Code of medical and sanitary regulations for the guidance of medical officers serving in the Madras Presidency - Volume II
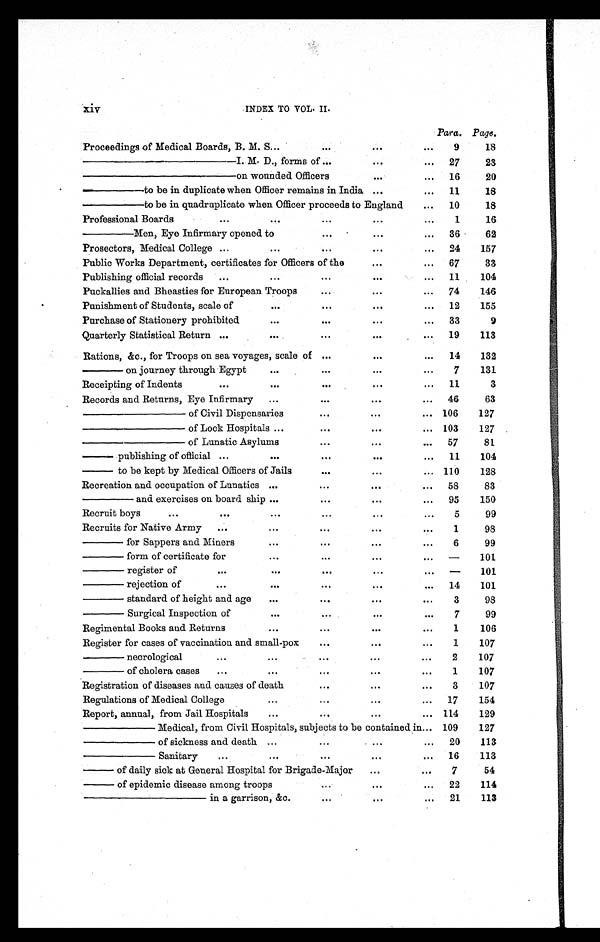
xiv INDEX TO VOL. II.
Para. Page.
Proceedings of Medical Boards, B. M. S ...
...
...
...
9
18
— — — — — — — — — — — — — I . M . D . , f o r m s o f . . .
. . .
... 27
23
————————————— on wounded Officers
...
... 16
20
————— to be in duplicate when Officer remains in India ...
...
1 1
18
————— to be in quadruplicate when Officer proceeds to England
... 10
18
Professional Boards
...
...
...
. . .
...
1
1 6
————— Men, Eye Infirmary opened to
...
. . .
... 36
62
Prosectors, Medical College ...
...
...
. . .
... 24
157
Public Works Department, certificates for Officers of the
. . .
... 67
33
Publishing official records ...
. . . ...
. . .
. . . 11
104
Puckallies and Bheasties for European Troops
...
. . .
... 74
146
Punishment of Students, scale of
. . . ...
...
. . . 12
155
Purchase of Stationery prohibited
. . . ...
. . .
. . . 33
9
Quarterly Statistical Return ...
. . . ...
. . .
. . . 19
113
Rations, &c., for Troops on sea voyages, scale of ...
...
... 14
132
— — — — o n j o u r n e y t h r o u g h E g y p t
...
...
. . .
...
7
131
Receipting of Indents
...
...
...
...
... 11
3
Records and Returns, Eye Infirmary ...
...
. . .
. . . 46
63
————————— of Civil Dispensaries
...
. . .
... 106
127
————————— of Lock Hospitals ...
...
. . .
. . . 103
127
— — — — — — — — — o f L u n a t i c A s y l u m s
...
...
... 57
81
——— publishing of official ...
. . . ...
. . .
. . . 11
104
——— to be kept by Medical Officers of Jails
...
...
... 110
128
Recreation and occupation of Lunatics ...
...
. . .
. . . 58
83
———— and exercises on board ship ...
...
. . .
. . . 95
150
Recruit boys ...
...
. . . ...
. . .
. . .
5
9 9
Recruits for Native Army ...
...
...
. . .
...
1
98
— — — — f o r S a p p e r s a n d M i n e r s
...
...
. . .
. . .
6
99
———— form of certificate for
. . . ...
...
...
—
101
———— register of
...
. . . ...
. . .
. . .
—
101
———— rejection of
...
. . . ...
...
... 14
101
————standard of height and age
. . . ...
. . .
...
3
98
———— Surgical Inspection of
. . . ...
. . .
. . .
7
99
Regimental Books and Returns
...
...
. . .
. . .
1
106
Register for cases of vaccination and small-pox
...
. . .
. . .
1
107
———— necrological
...
. . . ...
. . .
. . .
2
107
———— of cholera cases
...
. . . ...
. . .
. . .
1
107
Registration of diseases and causes of death
...
. . .
. . .
3
107
Regulations of Medical College
...
...
...
... 17
154
Report, annual, from Jail Hospitals
. . . ...
. . .
. . . 114
129
—————— Medical, from Civil Hospitals, subjects to be contained in... 109
127
—————— of sickness and death ...
...
. . .
... 20
113
— — — — — — S a n i t a r y
...
. . . ...
...
... 16
113
— — — — o f d a i l y s i c k a t G e n e r a l H o s p i t a l f o r B r i g a d e - M a j o r ...
...
7
54
———— of epidemic disease among troops
...
. . .
. . . 22
114
———————————— in a garrison, &c.
...
. . .
. . . 21
113